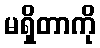
မရှိတာကို